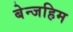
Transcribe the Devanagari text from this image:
बेन्जहिम